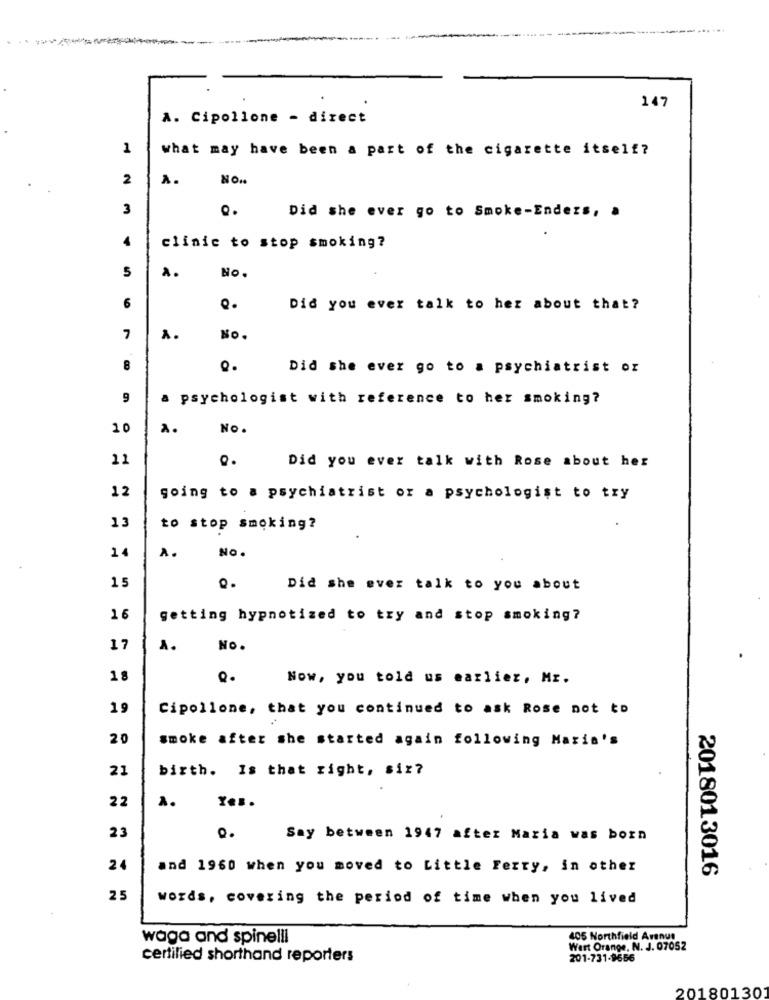
147
A. Cipollone - direct
1
what may have been a part of the cigarette itself?
2
A.
NO ..
3
Did she ever go to Smoke-Endezs, a
clinic to stop smoking?
5
No.
6
Did you ever talk to her about that?
7
A.
No.
8
Q.
Did she ever go to a psychiatrist or
9
a psychologist with reference to her smoking?
10
A.
No.
11
Did you ever talk with Rose about her
12
going to a psychiatrist or a psychologist to try
13
to stop smoking?
14
A.
NO.
15
Did she ever talk to you about
16
getting hypnotized to try and stop smoking?
17
A.
NO.
Q.
Now, you told us earlier, Mr.
19
Cipollone, that you continued to ask Rose not to
20
smoke after she started again following Maria's
21
birth. Is that right, six?
22
A.
23
Say between 1947 after Maria was born
24
and 1960 when you moved to Little Ferry, in other
2018013016
25
words, covering the period of time when you lived
waga and spinelli
405 Northfield Avenue
Wert Orange, N. J. 07052
certified shorthand reporters
201-731-9666
20180130